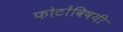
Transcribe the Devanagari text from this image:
फोटोंविषयी